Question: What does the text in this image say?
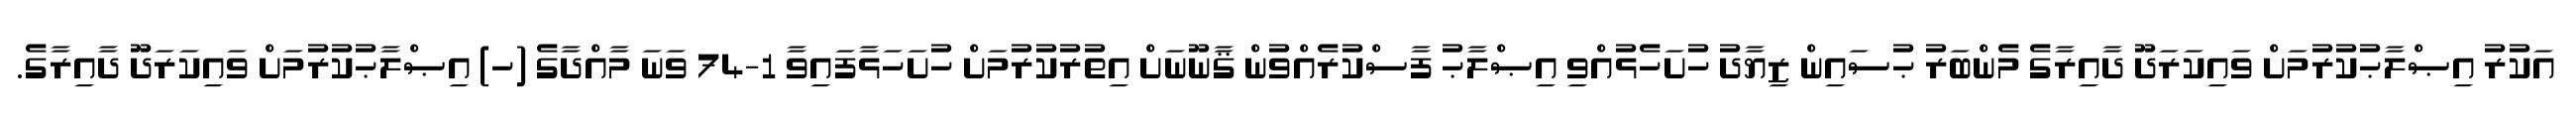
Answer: އަކުރު އިޞްލާޙުކުރުމަށް ވައިކަރަދޫ ދާއިރާގެ މެންބަރު ޙުސައިން ޒިޔާދު ހުށަހެޅުއްވި އިޞްލާޙު ފާސްކުރެއްވުން ޤާނޫނަށް އިތުރުކުރުމަށް ހުށަހަޅާފައިވާ 1-74 ވަނަ މާއްދާގެ (ހ) އިޞްލާޙުކުރުމަށް ވައިކަރަދޫ ދާއިރާގެ.